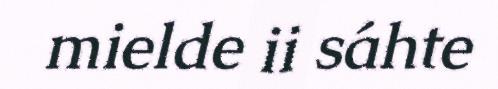
mielde ii sáhte